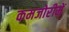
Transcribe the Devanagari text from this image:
कमजोरीमें